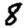
Digit: 8